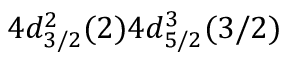
4 d _ { 3 / 2 } ^ { 2 } ( 2 ) 4 d _ { 5 / 2 } ^ { 3 } ( 3 / 2 )